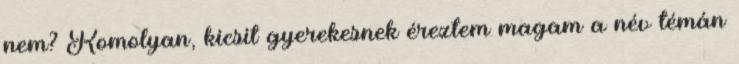
nem? Komolyan, kicsit gyerekesnek éreztem magam a név témán